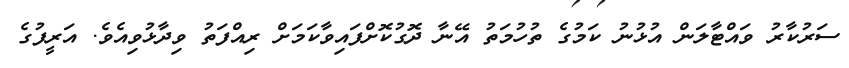
ސަރުކާރު ވައްޓާލަން އުޅުނު ކަމުގެ ތުހުމަތު އޭނާ ދޮގުކޮށްފައިވާކަމަށް ރިއްފަތު ވިދާޅުވިއެވެ. އަރީފުގެ